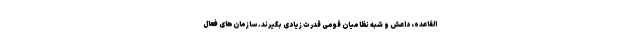
القاعده، داعش و شبه نظامیان قومی قدرت زیادی بگیرند. سازمان‌های فعال